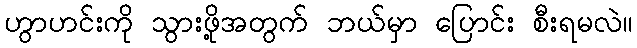
ဟွာဟင်းကို သွားဖို့အတွက် ဘယ်မှာ ပြောင်း စီးရမလဲ။